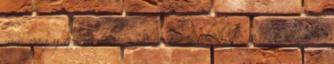
mm vagy akár dmax=32 mm nem lehet olyan simára